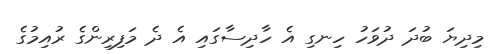
މިދިޔަ ބުދަ ދުވަހު ހިނގި އެ ހާދިސާގައި އެ ދެ މަފިރިންގެ ރުއިމުގެ